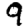
Digit: 9